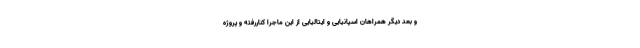
و بعد دیگر همراهان اسپانیایی و ایتالیایی از این ماجرا کناررفته و پروژه